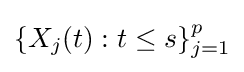
\{X_{j}(t):t\leq s\}_{j=1}^{p}